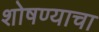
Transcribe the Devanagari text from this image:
शोषण्याचा